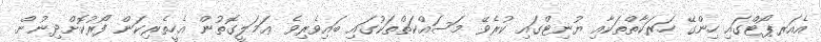
އެއަރޕޯޓްގައި ހިންގޭ ހަރަކާތްތަކާއި ޔުނިޓްގައި ކުރެވޭ މަސައްކަތްތަކުގައި ބައިވެރިވެ ޢަމަލީގޮތުން އެހީތެރިކަން ފޯރުކޮށްދިނުން.